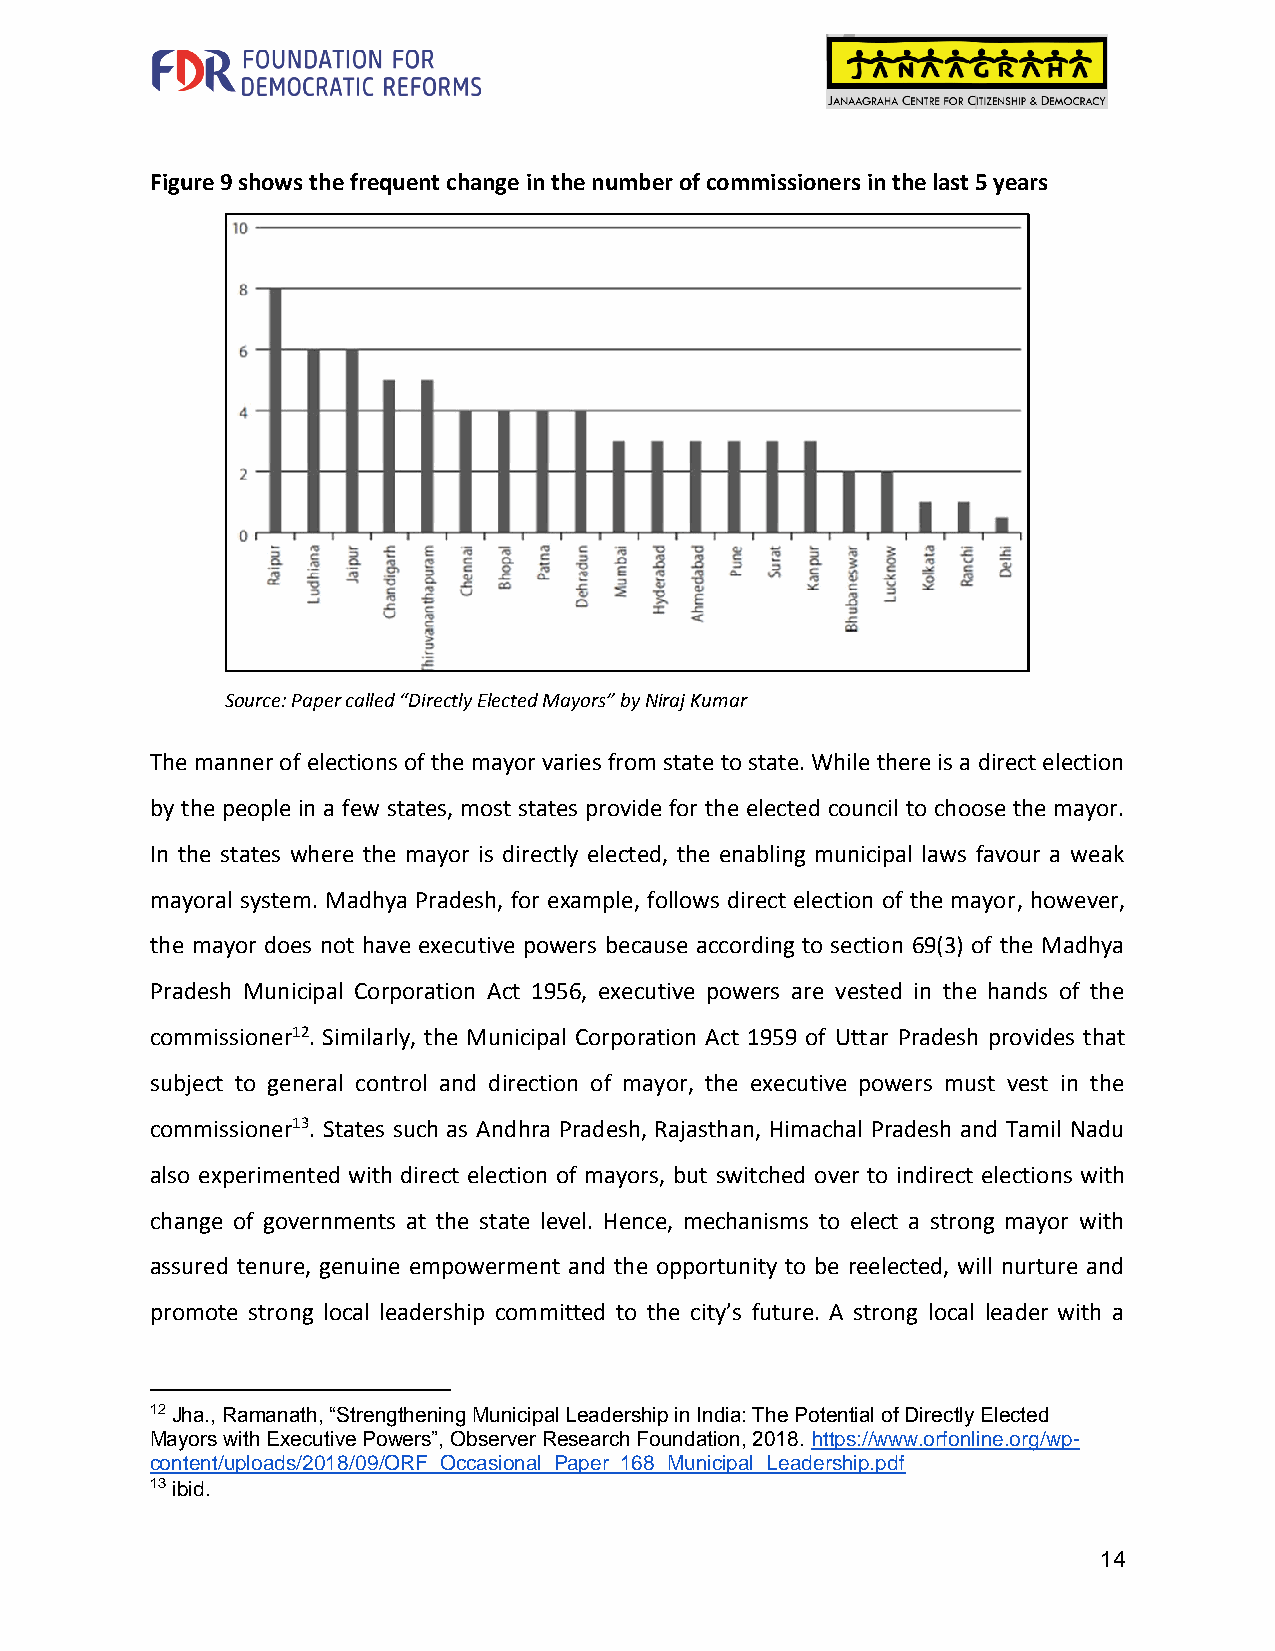
Figure 9 shows the frequent change in the number of commissioners in the last 5 years
 Source: Paper called “Directly Elected Mayors” by Niraj Kumar
 The manner of elections of the mayor varies from state to state. While there is a direct election
 by the people in a few states, most states provide for the elected council to choose the mayor.
 In the states where the mayor is directly elected, the enabling municipal laws favour a weak
 mayoral system. Madhya Pradesh, for example, follows direct election of the mayor, however,
 the mayor does not have executive powers because according to section 69(3) of the Madhya
 Pradesh Municipal Corporation Act 1956, executive powers are vested in the hands of the
 commissioner12. Similarly, the Municipal Corporation Act 1959 of Uttar Pradesh provides that
 subject to general control and direction of mayor, the executive powers must vest in the
 commissioner13. States such as Andhra Pradesh, Rajasthan, Himachal Pradesh and Tamil Nadu
 also experimented with direct election of mayors, but switched over to indirect elections with
 change of governments at the state level. Hence, mechanisms to elect a strong mayor with
 assured tenure, genuine empowerment and the opportunity to be reelected, will nurture and
 promote strong local leadership committed to the city’s future. A strong local leader with a
 12 Jha., Ramanath, “Strengthening Municipal Leadership in India: The Potential of Directly Elected
 Mayors with Executive Powers”, Observer Research Foundation, 2018. https://www.orfonline.org/wp-
 content/uploads/2018/09/ORF_Occasional_Paper_168_Municipal_Leadership.pdf
 13 ibid.
 14